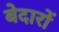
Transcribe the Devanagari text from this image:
बेदारों